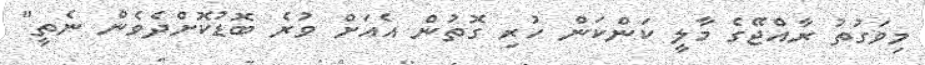
މިވަގުތު ރާއްޖޭގެ މާލީ ކަންކަން ހުރި ގޮތުން އެއަށް ވުރެ ބޮޑުކޮށްދެވެން ނެތީ"